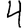
Digit: 4